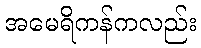
အမေရိကန်ကလည်း